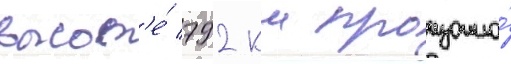
высот'е́ 792 км произошло́